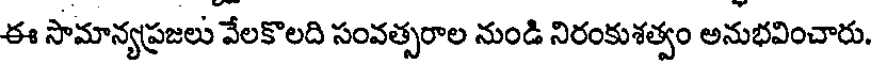
ఈ సామాన్యప్రజలు వేలకొలది సంవత్సరాల నుండి నిరంకుశత్వం అనుభవించారు.